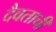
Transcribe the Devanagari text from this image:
दैवताची